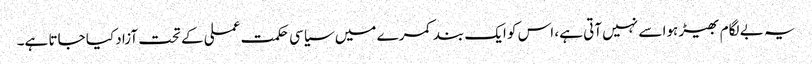
یہ بے لگام بھیڑ ہوا سے نہیں آتی ہے، اس کو ایک بند کمرے میں سیاسی حکمت عملی کے تحت آزاد کیا جاتا ہے۔